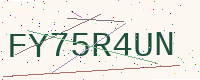
Text: FY75R4UN